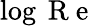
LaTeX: \log\mathrm{~R~e~}